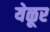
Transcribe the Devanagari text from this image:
येळूर